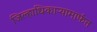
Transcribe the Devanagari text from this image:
जिल्हाधिकाऱ्यामार्फत